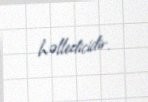
həlledicidir.